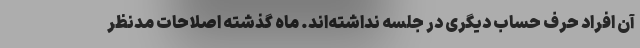
آن افراد حرف حساب دیگری در جلسه نداشته‌اند. ماه گذشته اصلاحات مدنظر